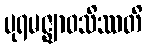
ပုရမဇ္ဈာဝသိဿတိ